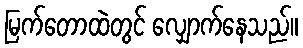
မြက်တောထဲတွင် လျှောက်နေသည်။